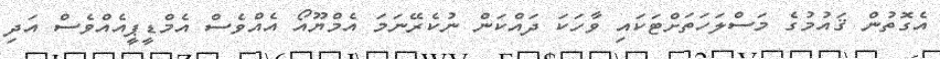
އެގޮތުން ޤައުމުގެ މަސްލަހަތަށްޓަކައި ވާހަކަ ދައްކަން ނުކެރޭނަމަ އެމްޔޫއޯ އެއްވެސް އެމްޑީޕީއެއްވެސް އަދި